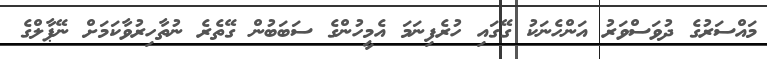
މައްސަރުގެ ދުވަސްވަރު އަންހެނަކު ގޭގައި ހުރެފިނަމަ އެމީހުންގެ ސަބަބުން ގޭތެރެ ނުތާހިރުވާކަމަށް ނޭޕާލްގެ